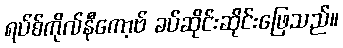
ရပ်စ်ကိုလ်နီကော့ဗ် ခပ်ဆိုင်းဆိုင်းဖြေသည်။